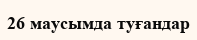
26 маусымда туғандар